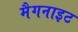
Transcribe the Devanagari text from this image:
मैगनाइट